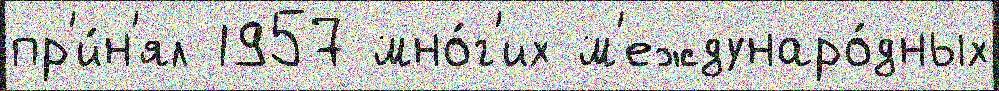
пр'и́н'ял 1957 мно́г'их м'еждунаро́дных